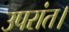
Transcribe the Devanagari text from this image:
उपरांत।